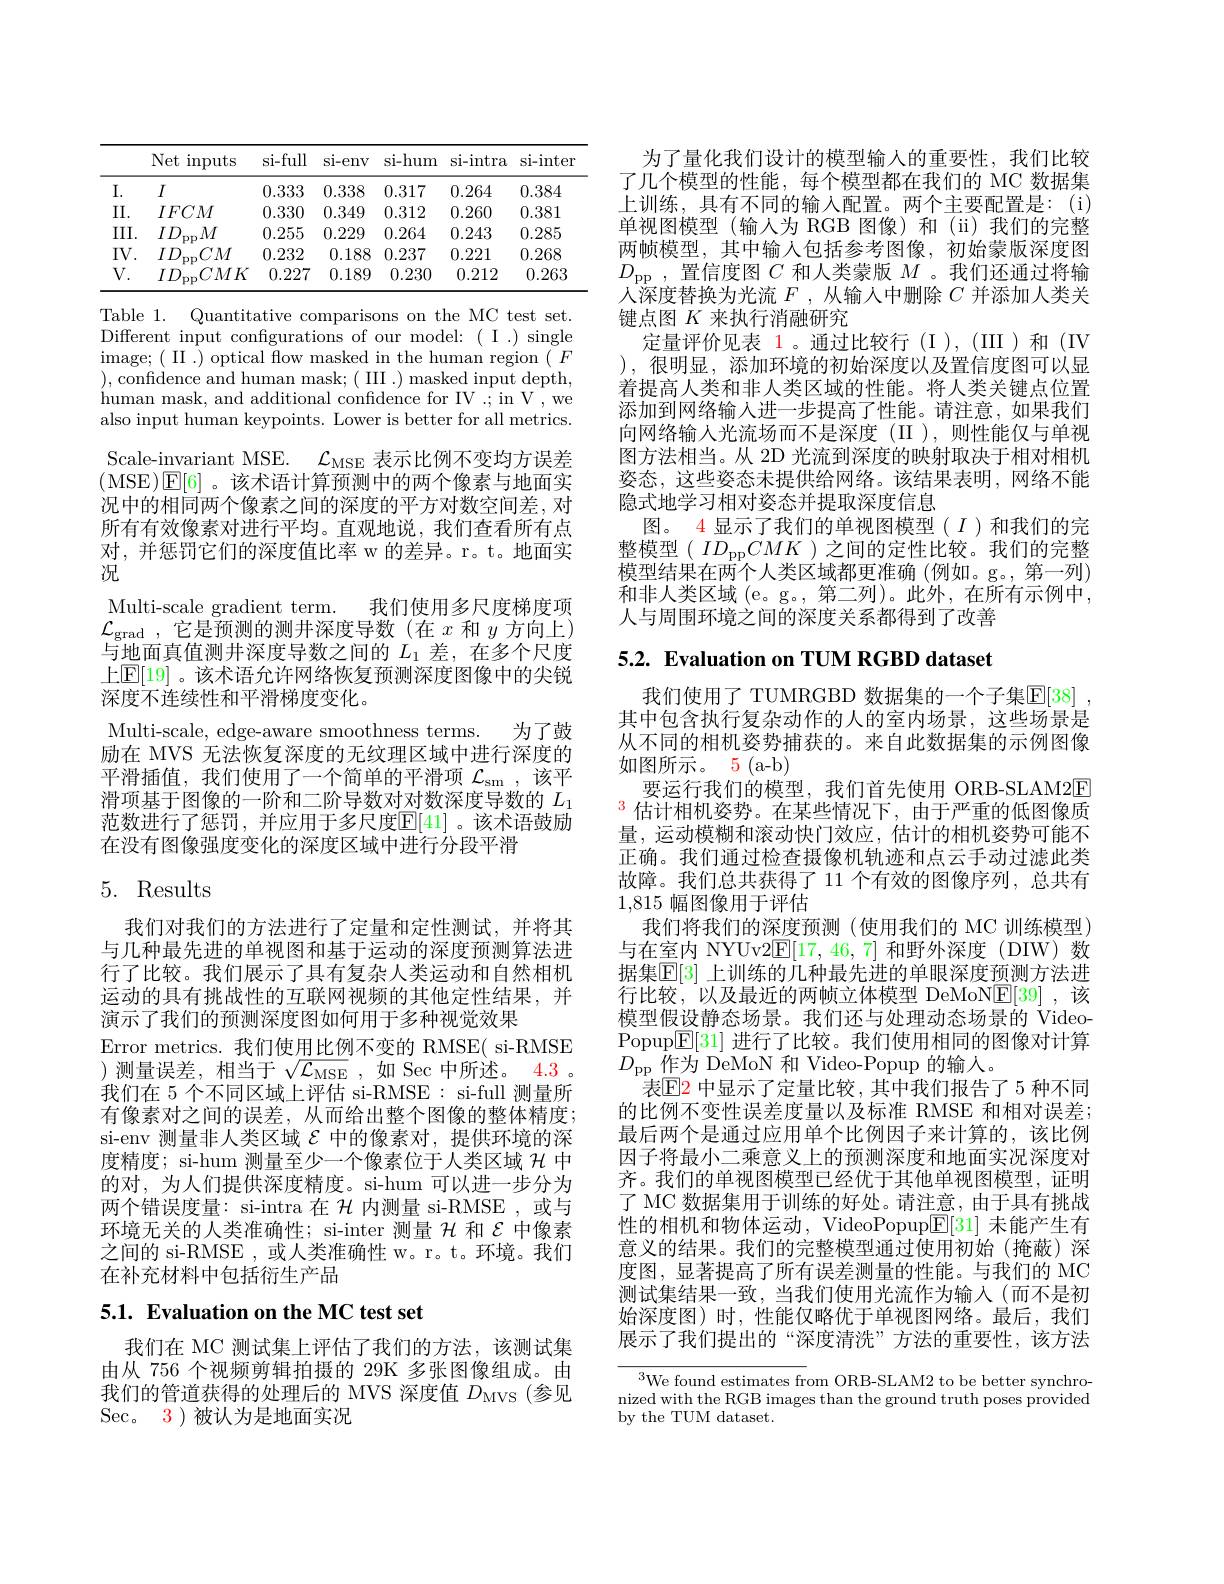
<table>
	<tbody>
		<tr>
			<th> </th>
			<th>Net $\operatorname{inputs}$ 1 </th>
			<th>si-full</th>
			<th>si-env</th>
			<th>si-hum</th>
			<th>si-intra</th>
			<th>si- inter</th>
		</tr>
		<tr>
			<td>$I.$</td>
			<td>$I$</td>
			<td>0.333</td>
			<td>0.338</td>
			<td>0.317</td>
			<td>0.264</td>
			<td>0.384</td>
		</tr>
		<tr>
			<td>II.</td>
			<td>$IFCM$</td>
			<td>0.330</td>
			<td>0.349</td>
			<td>0.312</td>
			<td>0.260</td>
			<td>0.381</td>
		</tr>
		<tr>
			<td>III.</td>
			<td>$ID_{\mathrm{pp}}M$</td>
			<td>0.255</td>
			<td>0.229</td>
			<td>0.264</td>
			<td>0.243</td>
			<td>0.285</td>
		</tr>
		<tr>
			<td>$IV.$</td>
			<td>$ID_{\mathrm{pp}}CM$</td>
			<td>0.232</td>
			<td>0.188</td>
			<td>0.237</td>
			<td>0.221</td>
			<td>0.268</td>
		</tr>
		<tr>
			<td>$V.$</td>
			<td>$ID_{\mathrm{pp}}CMK$</td>
			<td>0.227</td>
			<td>0.189</td>
			<td>0.230</td>
			<td>0.212</td>
			<td>0.263</td>
		</tr>
	</tbody>
</table>

Table 1. Quantitative comparisons on the MC test set. Different input configurations of our model: ( I .) single image; ( II . ) optical fow masked in the human region ( F ),confidence and human mask;( III .) masked input depth, human mask, and additional confidence for IV .; in V , we also input human keypoints. Lower is better for all metrics. Scale-invariant MSE. $\mathcal{L} _\mathrm{MSE}$表示比例不变均方误差(MSE)$\mathbb{E}[6]$。该术语计算预测中的两个像素与地面实况中的相同两个像素之间的深度的平方对数空间差，对所有有效像素对进行平均。直观地说，我们查看所有点对，并惩罚它们的深度值比率 w 的差异。r。t。地面实况
我们使用多尺度梯度项
Multi-scale gradient term.
$\mathcal{L}_{\mathrm{grad~,~它是预测的测}}$井深度导数(在$x$和$y$方向上) 与地面真值测井深度导数之间的$L_{1}$差，在多个尺度上$\mathbb{E}[19]$。该术语允许网络恢复预测深度图像中的尖锐深度不连续性和平滑梯度变化。
Multi-scale, edge-aware smoothness terms. 为了鼓励在 MVS 无法恢复深度的无纹理区域中进行深度的平滑插值，我们使用了一个简单的平滑项$\mathcal{L}_\mathrm{sm}$ ,该平滑项基于图像的一阶和二阶导数对对数深度导数的$L_{1}$ 范数进行了惩罚，并应用于多尺度$\mathbb{E}[41]$。该术语鼓励在没有图像强度变化的深度区域中进行分段平滑

# 5. Results

我们对我们的方法进行了定量和定性测试，并将其与几种最先进的单视图和基于运动的深度预测算法进行了比较。我们展示了具有复杂人类运动和自然相机运动的具有挑战性的互联网视频的其他定性结果，并演示了我们的预测深度图如何用于多种视觉效果
Error metrics. 我们使用比例不变的 RMSE( si-RMSE )测量误差，相当于$\sqrt{\mathcal{L}_\mathrm{MSE}}$,如 Sec 中所述。4.3。我们在 5 个不同区域上评估 si-RMSE : si-full 测量所有像素对之间的误差，从而给出整个图像的整体精度； si-env 测量非人类区域$\varepsilon$中的像素对，提供环境的深度精度；si-hum 测量至少一个像素位于人类区域$\mathcal{H}$中的对，为人们提供深度精度。si-hum 可以进一步分为两个错误度量：si-intra 在$\mathcal{H}$内测量 si-RMSE ,或与环境无关的人类准确性；si-inter 测量$\mathcal{H}$和$\mathcal{E}$中像素之间的 si-RMSE , 或人类准确性 w。r。t。环境。我们在补充材料中包括衍生产品

## 5.1. Evaluation on the MC test set

我们在 MC 测试集上评估了我们的方法，该测试集由从 756 个视频剪辑拍摄的 29K 多张图像组成。由我们的管道获得的处理后的 MVS 深度值$D_\mathrm{MVS}$ (参见Sec。3)被认为是地面实况

为了量化我们设计的模型输入的重要性，我们比较了几个模型的性能，每个模型都在我们的 MC 数据集上训练，具有不同的输入配置。两个主要配置是：(i) 单视图模型(输人为 RGB 图像)和 (ii)我们的完整两帧模型，其中输入包括参考图像，初始蒙版深度图$D_\mathrm{pp}$,置信度图$C$和人类蒙版$M$ 。我们还通过将输人深度替换为光流$F$ ,从输入中删除$C$并添加人类关键点图$K$来执行消融研究
定量评价见表 1。通过比较行(I),(III)和(IV) ), 很明显，添加环境的初始深度以及置信度图可以显着提高人类和非人类区域的性能。将人类关键点位置添加到网络输入进一步提高了性能。请注意，如果我们向网络输入光流场而不是深度(II ),则性能仅与单视图方法相当。从 2D 光流到深度的映射取决于相对相机姿态，这些姿态未提供给网络。该结果表明，网络不能隐式地学习相对姿态并提取深度信息
图。4 显示了我们的单视图模型$(I)$和我们的完整模型$(ID_\mathrm{pp}CMK)$之间的定性比较。我们的完整模型结果在两个人类区域都更准确(例如。g。,第一列) 和非人类区域 (e。g。, 第二列)。此外，在所有示例中， 人与周围环境之间的深度关系都得到了改善

5.2. Evaluation on TUM RGBD dataset

我们使用了 TUMRGBD 数据集的一个子集$\mathbb{E}[38]$ 其中包含执行复杂动作的人的室内场景，这些场景是从不同的相机姿势捕获的。来自此数据集的示例图像如图所示。5 (a-b)
要运行我们的模型，我们首先使用 ORB-SLAM2E $^{3}$估计相机姿势。在某些情况下，由于严重的低图像质量，运动模糊和滚动快门效应，估计的相机姿势可能不正确。我们通过检查摄像机轨迹和点云手动过滤此类故障。我们总共获得了 11 个有效的图像序列，总共有1,815幅图像用于评估
我们将我们的深度预测(使用我们的 MC 训练模型) 与在室内 NYUv2E[17,46,7]和野外深度 (DIW)数据集$\mathbb{E}[3]$ 上训练的几种最先进的单眼深度预测方法进行比较，以及最近的两帧立体模型 DeMoNE[39] ,该模型假设静态场景。我们还与处理动态场景的 VideoPopup$\mathbb{E}[31]$进行了比较。我们使用相同的图像对计算$D_{\mathrm{pp}}$作为 DeMoN 和 Video-Popup 的输入。
表$\mathbb{E}$2 中显示了定量比较 ,其中我们报告了 5 种不同的比例不变性误差度量以及标准 RMSE 和相对误差； 最后两个是通过应用单个比例因子来计算的，该比例因子将最小二乘意义上的预测深度和地面实况深度对齐。我们的单视图模型已经优于其他单视图模型，证明了 MC 数据集用于训练的好处。请注意，由于具有挑战性的相机和物体运动，VideoPopup$\underline{\mathrm{E}}[31]$未能产生有意义的结果。我们的完整模型通过使用初始(掩蔽)深度图，显著提高了所有误差测量的性能。与我们的 MC 测试集结果一致，当我们使用光流作为输入(而不是初始深度图)时，性能仅略优于单视图网络。最后，我们展示了我们提出的“深度清洗”方法的重要性，该方法

$^{3}$We found estimates from ORB-SLAM2 to be better synchronized with the RGB images than the ground truth poses provided by the TUM dataset.